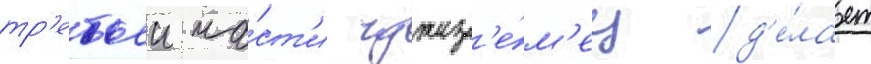
тр'етьеи ча́ст'и чужез'е́м'ец д'е́лает